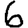
Digit: 6